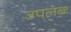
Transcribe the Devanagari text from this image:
उपलब्ध्‍